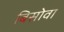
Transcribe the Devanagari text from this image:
बिसोवा